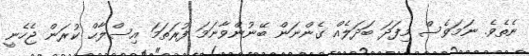
ނެތެވެ. ނަމަވެސް މިފަދަ ބަދަލެއް ގެންނަން ބޭނުންވާނަމަ ފުރަތަމަ އިސްލާޙް ކުރަން ޖެހެނީ